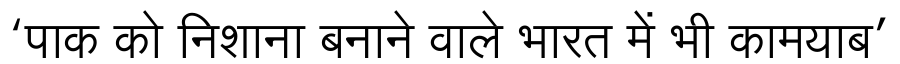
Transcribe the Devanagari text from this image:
‘पाक को निशाना बनाने वाले भारत में भी कामयाब’